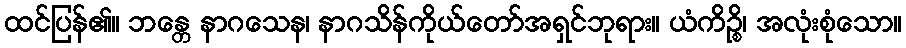
ထင်ပြန်၏။ ဘန္တေ နာဂသေန၊ နာဂသိန်ကိုယ်တော်အရှင်ဘုရား။ ယံကိဉ္စိ၊ အလုံးစုံသော။